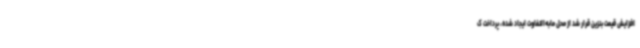
افزایش قیمت بنزین قرار شد از محل مابه‌التفاوت ایجاد شده، پرداخت ک